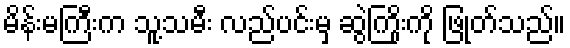
မိန်းမကြီးက သူ့သမီး လည်ပင်းမှ ဆွဲကြိုးကို ဖြုတ်သည်။